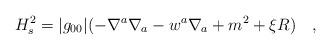
LaTeX: \begin{align*}H_s^2=|g_{00}|(-\nabla^a\nabla_a -w^a\nabla_a+m^2+\xi R)~~~,\end{align*}